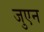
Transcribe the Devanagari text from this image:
जुएन